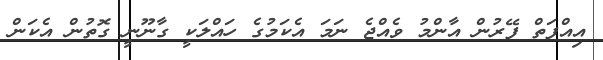
އިއްފަތް ފޭރުން އާންމު ވެއްޖެ ނަމަ އެކަމުގެ ހައްލަކީ ގާނޫނީ ގޮތުން އެކަން